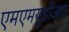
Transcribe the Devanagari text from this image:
एमएमयूडीआर